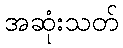
အဆုံးသတ်